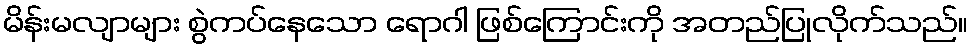
မိန်းမလျာများ စွဲကပ်နေသော ရောဂါ ဖြစ်ကြောင်းကို အတည်ပြုလိုက်သည်။